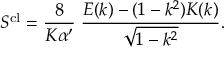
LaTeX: S ^ { \mathrm { c l } } = \frac { 8 } { K \alpha ^ { \prime } } \; \frac { E ( k ) - ( 1 - k ^ { 2 } ) K ( k ) } { \sqrt { 1 - k ^ { 2 } } } .